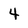
Character: 4